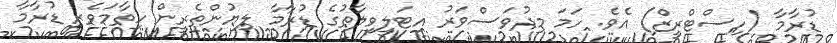
ޑުރާމާ (ހިސްޓްރީޒް) އެވެ. ހަމަ މިދުވަސްވަރު އިޓަލީވިލާތުގެ ޑުރާމާ ލިޔުންތެރީން ހިތާމަވެރި ޑުރާމާ